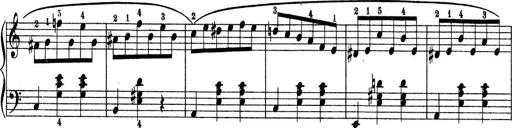
Title: 9 Sonatinen
Composer: Alexander Winterberger